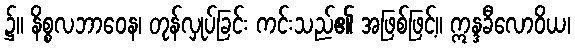
၌။ နိစ္စလဘာဝေန၊ တုန်လှုပ်ခြင်း ကင်းသည်၏ အဖြစ်ဖြင့်။ ဣန္ဒခီလောဝိယ၊